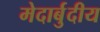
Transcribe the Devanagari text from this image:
मेदार्बुदीय